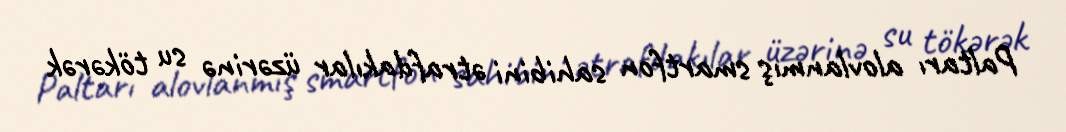
Paltarı alovlanmış smartfon sahibini ətrafdakılar üzərinə su tökərək